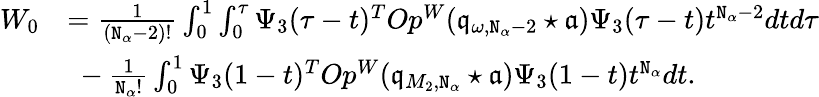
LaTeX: \begin{array}{rl}{W_{0}}&{=\frac{1}{(\mathtt{N}_{\alpha}-2)!}\int_{0}^{1}\int_{0}^{\tau}\Psi_{3}(\tau-t)^{T}Op^{W}(\mathfrak{q}_{\omega,\mathtt{N}_{\alpha}-2}\star\mathfrak{a})\Psi_{3}(\tau-t)t^{\mathtt{N}_{\alpha}-2}dtd\tau}\\ &{\ -\frac{1}{\mathtt{N}_{\alpha}!}\int_{0}^{1}\Psi_{3}(1-t)^{T}Op^{W}(\mathfrak{q}_{M_{2},\mathtt{N}_{\alpha}}\star\mathfrak{a})\Psi_{3}(1-t)t^{\mathtt{N}_{\alpha}}dt.}\end{array}